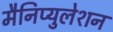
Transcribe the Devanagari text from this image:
मैनिप्युलेशन